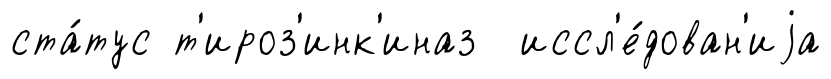
ста́тус т'ироз'инк'иназ иссл'е́дован'иjа